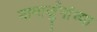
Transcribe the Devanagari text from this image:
नागार्जुनांच्या